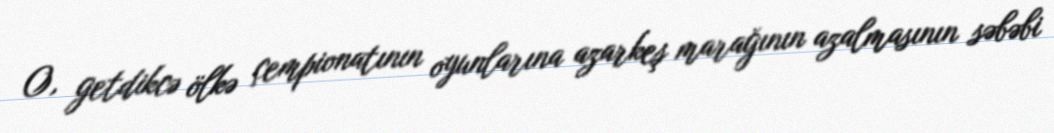
O, getdikcə ölkə çempionatının oyunlarına azarkeş marağının azalmasının səbəbi